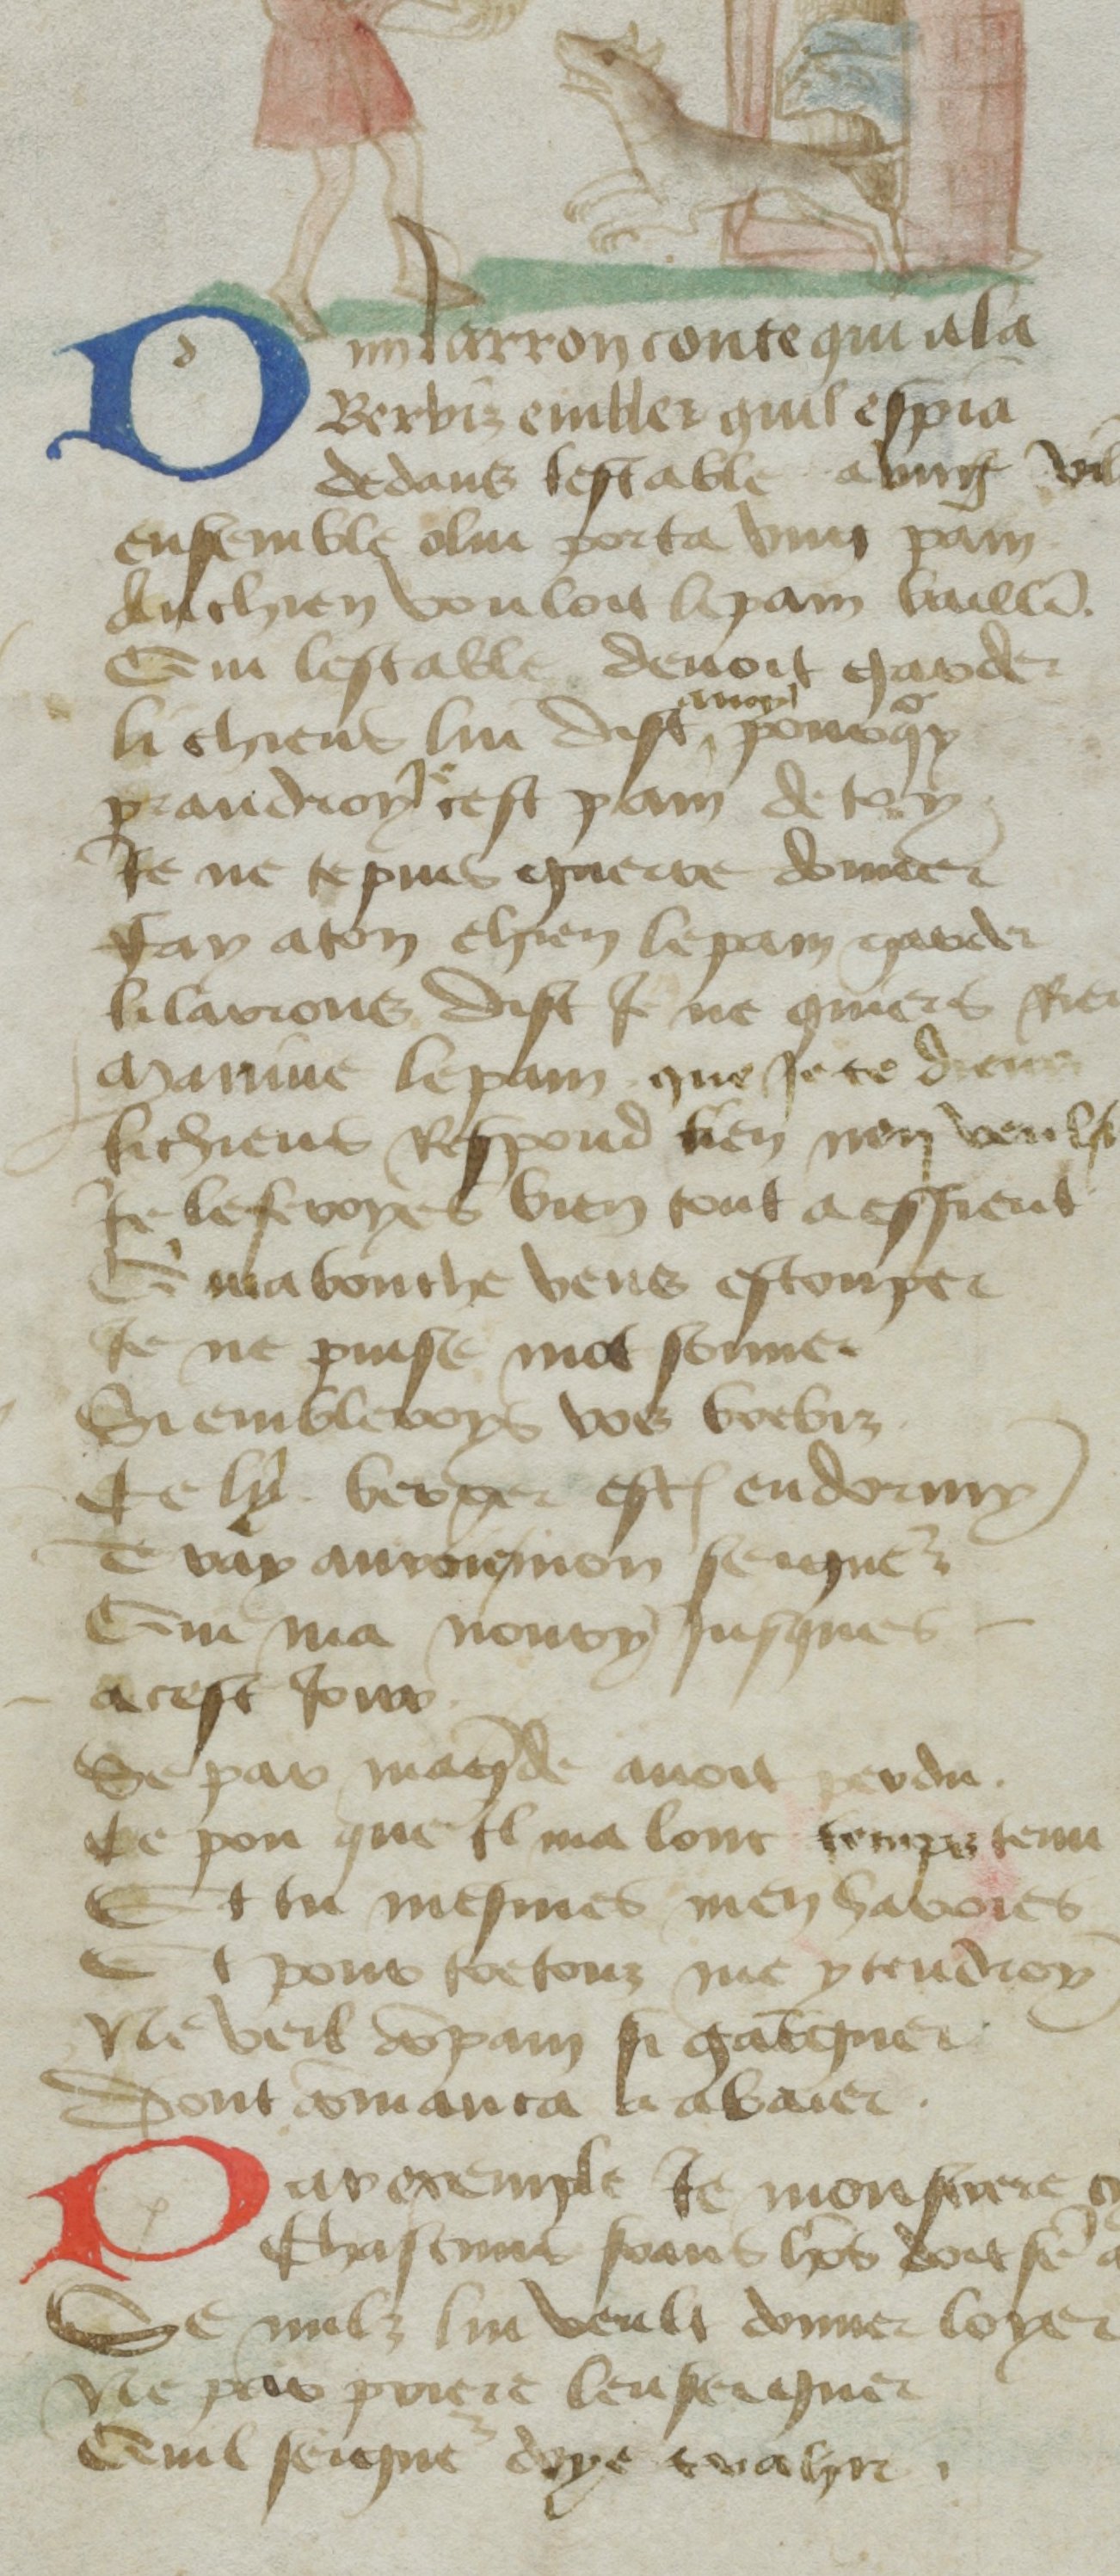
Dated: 1400–1499